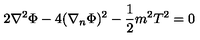
2 \nabla ^ { 2 } \Phi - 4 ( \nabla _ { n } \Phi ) ^ { 2 } - \frac { 1 } { 2 } m ^ { 2 } T ^ { 2 } = 0